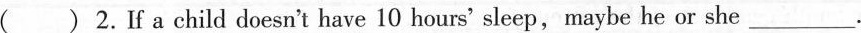
() 2.If a child doesn't have 10 hours' sleep,maybe he or she\underline.